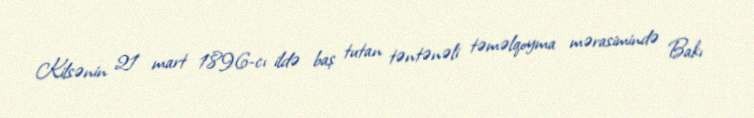
Kilsənin 21 mart 1896-cı ildə baş tutan təntənəli təməlqoyma mərasimində Bakı